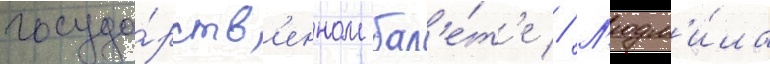
госуда́рств'енном бал'е́т'е // Л'юдм'и́ла